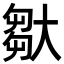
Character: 𡙦